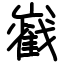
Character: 巀